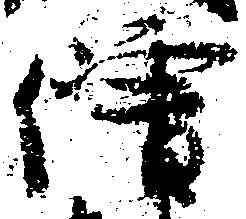
僧